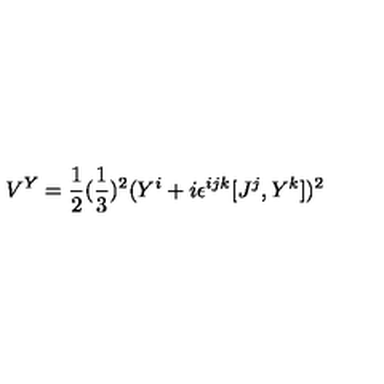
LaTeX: V ^ { Y } = { \frac { 1 } { 2 } } ( { \frac { 1 } { 3 } } ) ^ { 2 } ( Y ^ { i } + i \epsilon ^ { i j k } [ J ^ { j } , Y ^ { k } ] ) ^ { 2 }